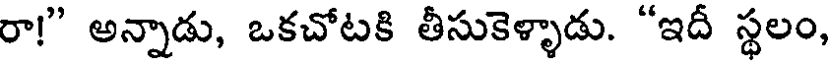
రా!" అన్నాడు, ఒకచోటకి తీసుకెళ్ళాడు. "ఇదీ స్థలం,